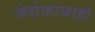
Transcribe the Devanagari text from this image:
वेदोक्ताचाही